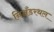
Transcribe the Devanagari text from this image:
निअँडरथल